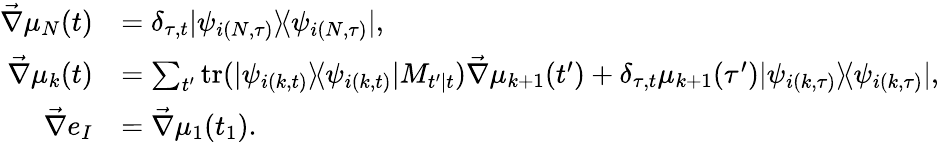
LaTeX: \begin{array}{rl}{\vec{\nabla}\mu_{N}(t)}&{=\delta_{\tau,t}|\psi_{i(N,\tau)}\rangle\! \langle\psi_{i(N,\tau)}|,}\\ {\vec{\nabla}\mu_{k}(t)}&{=\sum_{t^{\prime}}\mathrm{tr}(|\psi_{i(k,t)}\rangle\! \langle\psi_{i(k,t)}|M_{t^{\prime}|t})\vec{\nabla}\mu_{k+1}(t^{\prime})+\delta_{\tau,t}\mu_{k+1}(\tau^{\prime})|\psi_{i(k,\tau)}\rangle\! \langle\psi_{i(k,\tau)}|,}\\ {\vec{\nabla}e_{I}}&{=\vec{\nabla}\mu_{1}(t_{1}).}\end{array}